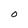
Character: O